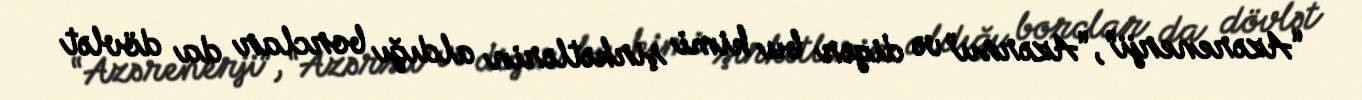
“Azərenerji”, “Azərsu” və digər bu kimi şirkətlərin aldığı borclar da dövlət